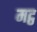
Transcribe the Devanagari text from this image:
मट्ठ